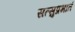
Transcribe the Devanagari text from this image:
सत्सुप्रभातं